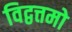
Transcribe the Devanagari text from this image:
विद्वत्तमो